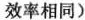
效率相同)